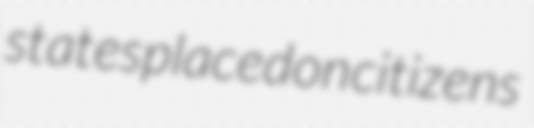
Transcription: states placed on citizens